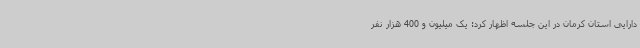
دارایی استان کرمان در این جلسه اظهار کرد: یک میلیون و 400 هزار نفر